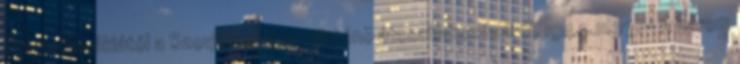
Csehszlovákiától a Szovjetunióhoz történõ átcsatlakozásáról. 1944.11.27. - A három